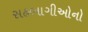
સહભાગીઓનો